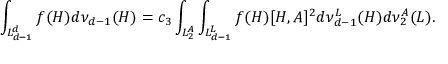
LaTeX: \int _ { { \cal L } _ { d - 1 } ^ { d } } f ( H ) d \nu _ { d - 1 } ( H ) = c _ { 3 } \int _ { { \cal L } _ { 2 } ^ { A } } \int _ { { \cal L } _ { d - 1 } ^ { L } } f ( H ) [ H , A ] ^ { 2 } d \nu _ { d - 1 } ^ { L } ( H ) d \nu _ { 2 } ^ { A } ( L ) .